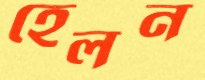
হেলন